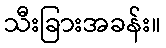
သီးခြားအခန်း။